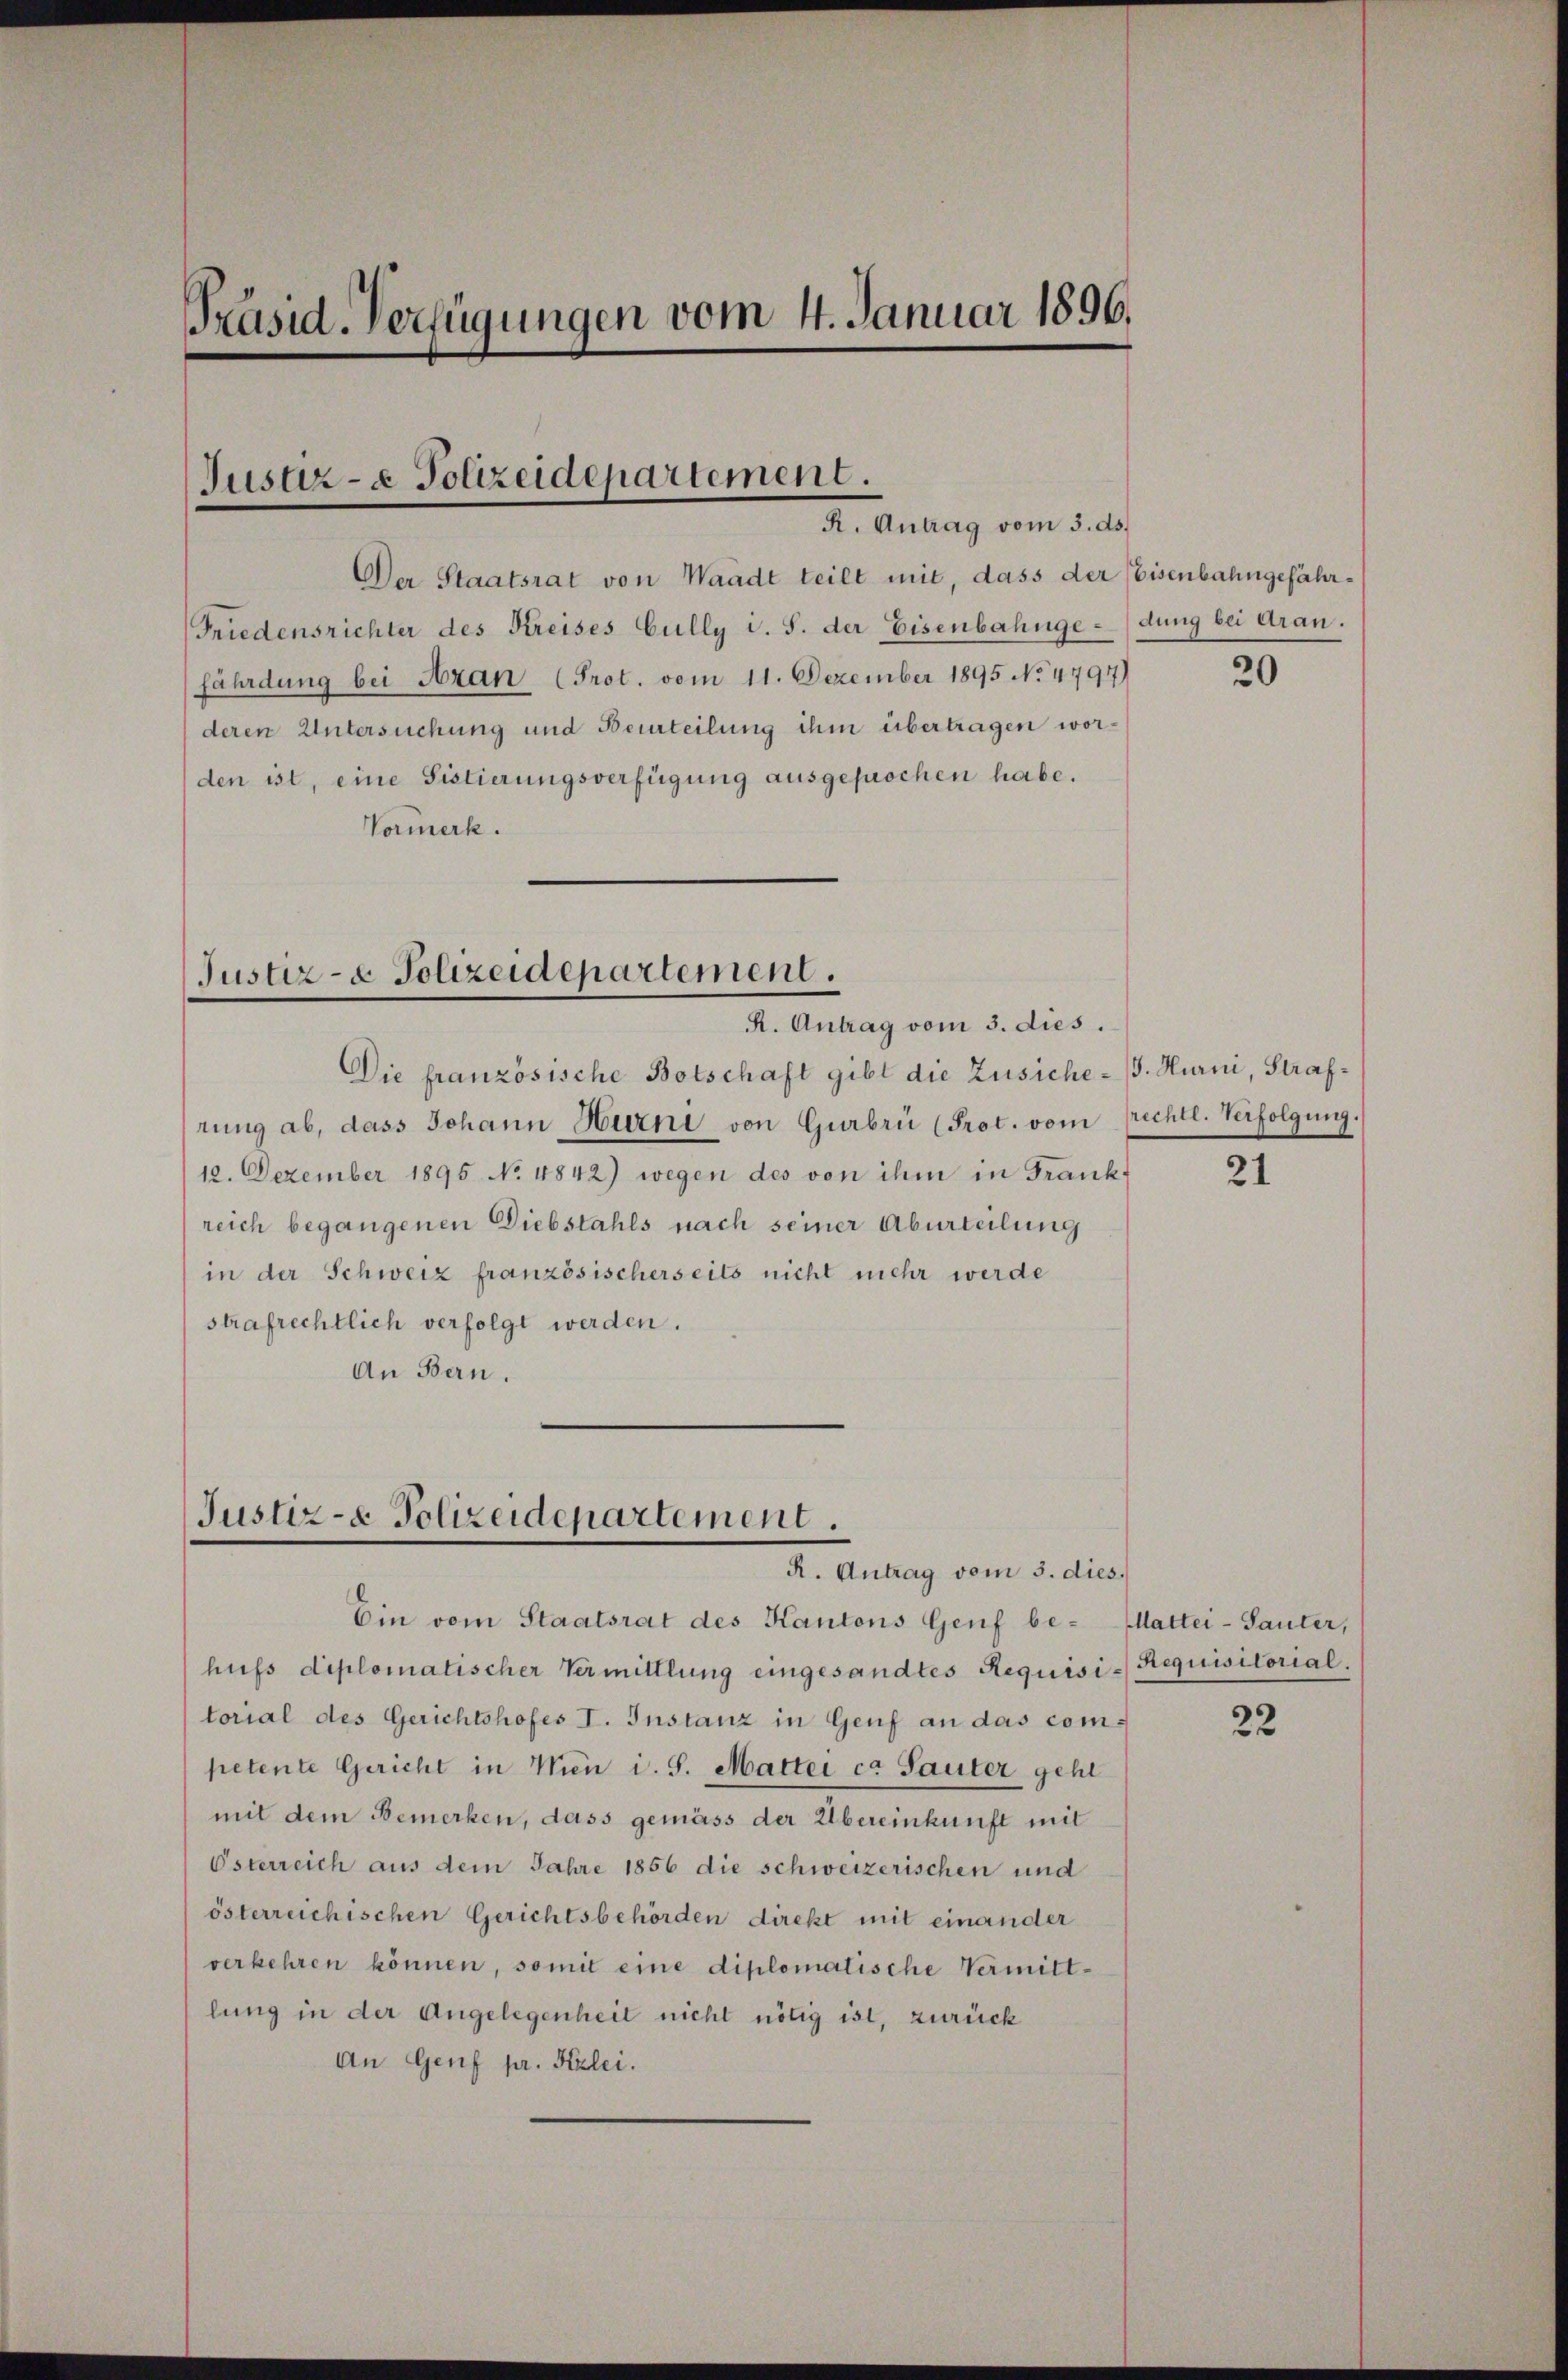
Präsid-Verfügungen vom 4. Januar 1896.

Justiz- & Polizeidepartement.
R. Antrag vom 3. ds.

Der Staatsrat von Waadt teilt mit, dass der Eisenbahngefähr¬
Friedensrichter des Kreises Gully i. S. der Eisenbahngedung bei dran.
fährdung bei Azan (Prot. vom 11. Dezember 1895 No 4797)
deren Untersuchung und Beurteilung ihm übertragen worden ist, eine Sistierungsverfügung ausgepuochen habe.
Vormerk.

Justiz- & Polizeidepartement.
R. Antrag vom 3. dies.

Die französische Botschaft gibt die Zusiche - . Hurni, Strafrung ab, dass Johann Hurni von Gurbrü (Prot. vom prechtl. Verfolgung.
12. Dezember 1895 No 4842) wegen des von ihm in Frank-
reich begangenen Diebstahls nach seiner Aburteilung
in der Schweiz französischerseits nicht mehr werde
strafrechtlich verfolgt werden.
An Bern.

Justiz- & Polizeidepartement.
R. Antrag vom 3. dies.

Ein vom Staatsrat des Kantons Genf be- (Wattei-Sauler,

hufs diplomatischer Vermittlung eingesandtes Requisi-Requisitorial.
torial des Gerichtshofes I. Instanz in Genf an das competente Gericht in Wien i. S. Mattei ca Sauter geht
mit dem Bemerken, dass gemäss der Übereinkunft mit
Österreich aus dem Jahre 1856 die schweizerischen und
österreichischen Gerichtsbehörden direkt mit einander
verkehren können, somit eine diplomatische Vermittlung in der Angelegenheit nicht nötig ist, zurück
An Genf pr. Kzlei.

20

21

22